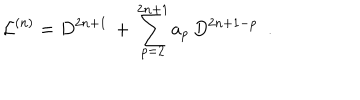
{ \cal L } ^ { ( n ) } = D ^ { 2 n + 1 } \, + \, \sum _ { p = 2 } ^ { 2 n + 1 } a _ { p } \, D ^ { 2 n + 1 - p } \ \ .